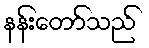
နန်းတော်သည်